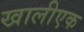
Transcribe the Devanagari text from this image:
खालीएक